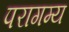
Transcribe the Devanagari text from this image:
परागम्य